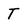
Character: T